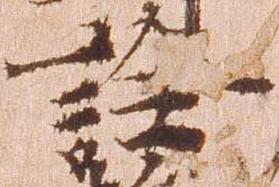
詮